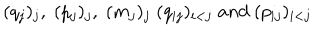
( q _ { j } ) _ { j } , \; ( p _ { j } ) _ { j } , \; ( m _ { j } ) _ { j } \; ( q _ { i j } ) _ { i < j } \; a n d \; ( p _ { i j } ) _ { i < j } \;